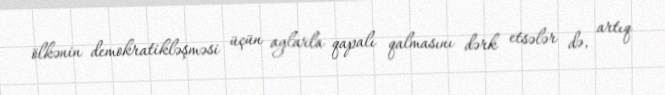
ölkənin demokratikləşməsi üçün aylarla qapalı qalmasını dərk etsələr də, artıq